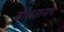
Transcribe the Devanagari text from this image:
बोलतानाच